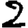
Digit: 2